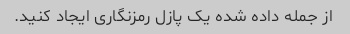
از جمله داده شده یک پازل رمزنگاری ایجاد کنید.